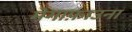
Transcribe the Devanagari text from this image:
मेगाफ़ाउना